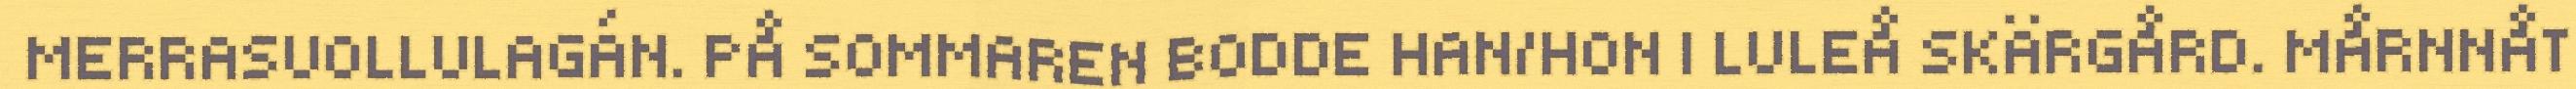
MERRASUOLLULAGÁN. PÅ SOMMAREN BODDE HAN/HON I LULEÅ SKÄRGÅRD. MÅRNNÅT